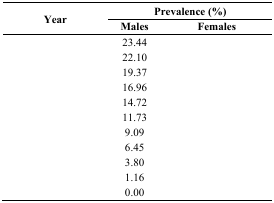
<table><thead><tr><td rowspan="2"><b>Year</b></td><td colspan="2"><b>Prevalence (%)</b></td></tr><tr><td><b>Males</b></td><td><b>Females</b></td></tr></thead><tbody><tr><td>[EMPTY_CELL]</td><td>23.44</td><td>[EMPTY_CELL]</td></tr><tr><td>[EMPTY_CELL]</td><td>22.10</td><td>[EMPTY_CELL]</td></tr><tr><td>[EMPTY_CELL]</td><td>19.37</td><td>[EMPTY_CELL]</td></tr><tr><td>[EMPTY_CELL]</td><td>16.96</td><td>[EMPTY_CELL]</td></tr><tr><td>[EMPTY_CELL]</td><td>14.72</td><td>[EMPTY_CELL]</td></tr><tr><td>[EMPTY_CELL]</td><td>11.73</td><td>[EMPTY_CELL]</td></tr><tr><td>[EMPTY_CELL]</td><td>9.09</td><td>[EMPTY_CELL]</td></tr><tr><td>[EMPTY_CELL]</td><td>6.45</td><td>[EMPTY_CELL]</td></tr><tr><td>[EMPTY_CELL]</td><td>3.80</td><td>[EMPTY_CELL]</td></tr><tr><td>[EMPTY_CELL]</td><td>1.16</td><td>[EMPTY_CELL]</td></tr><tr><td>[EMPTY_CELL]</td><td>0.00</td><td>[EMPTY_CELL]</td></tr></tbody></table>